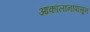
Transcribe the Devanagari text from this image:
आकालानापासून